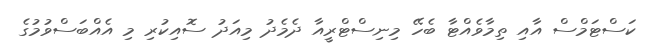
ކަސްޓަމްސް އާއި ތިމާވެއްޓާ ބެހޭ މިނިސްޓްރީއާ ދެމެދު މިއަދު ސޮއިކުރި މި އެއްބަސްވުމުގެ